[Report on the health of British troops in the Madras command]
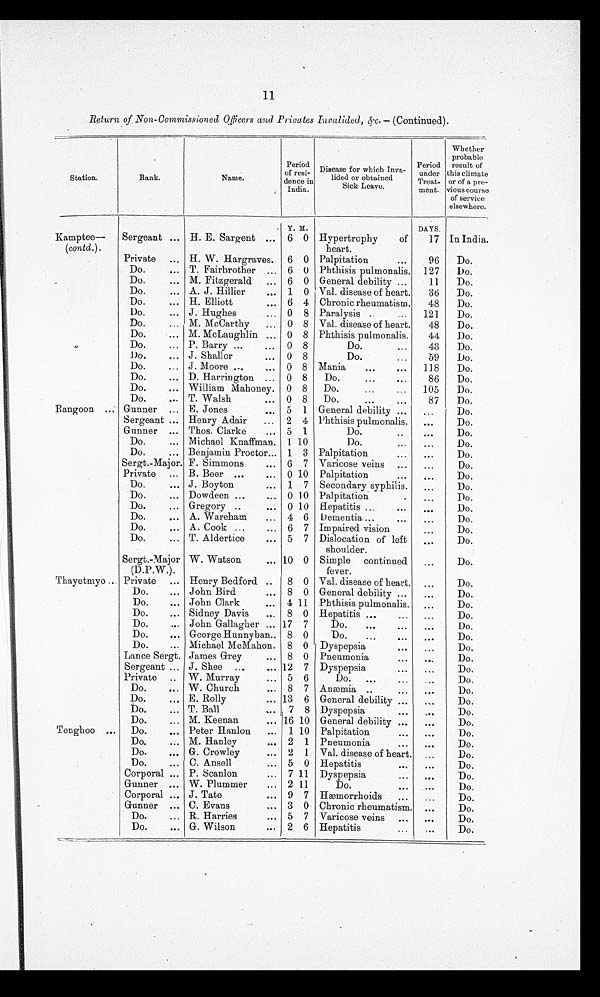
11
Return of Non-Commissioned Officers and Privates Invalided, &c.— (Continued).
Station.
Rank.
Name.
Period
of resi-
dence in
India.
Disease for which Inva-
lided or obtained
Sick Leave.
Period
under
Treat-
meat.
Whether
probable
result of
this climate
or of a pre-
vious course
of service
elsewhere.
Kamptee—
(contd.).
Y. M.
DAYS.
Sergeant ... H. E. Sargent ... 6 0 Hypertrophy
of
heart.
17 In India.
Private ... H. W. Hargraves. 6 0 Palpitation...
96 Do.
Do.
... T. Fairbrother ... 6 0 Phthisis pulmonalis. 127
Do.
Do.
... M. Fitzgerald ... 6 0 General debility ...
11
Do.
Do.
... A. J. Hillier
... 1 0 Val. disease of heart.
36 Do.
Do.
... H. Elliott
... 6 4 Chronic rheumatism.
48
Do.
Do.
... J. Hughes
... 0 8 Paralysis ..
... 121
D o .
Do.
... M. McCarthy ... 0 8 Val. disease of heart.
48
Do.
Do.
... M. McLaughlin ... 0 8 Phthisis pulmonalis.
44 Do.
Do.
... P. Barry ...
... 0 8
Do.
...
43
Do.
Do.
... J. Shallor .... 0 8
Do.
...
59
D o .
Do.
... J. Moore ...
... 0 8 Mania
...
... 118
Do.
Do.
... D. Harrington ... 0 8 Do.
...
...
86
Do.
Do.
... William Mahoney. 0 8 Do.
...
... 105
Do.
Do.
... T. Walsh
... 0 8 Do.
...
...
8 7 Do.
Rangoon ... Gunner ... E. Jones
... 5 1 General debility ...
. . .
Do.
Sergeant ... Henry Adair ... 2 4 Phthisis pulmonalis. ...
Do.
Gunner ... Thos. Clarke
... 5 1
Do.
. . .
. . .
Do.
Do.
... Michael Knaffman. 1 10
Do.
. . .
...
Do.
Do.
... Benjamin Proctor... 1 3 Palpitation
...
. . .
Do.
Sergt.-Major. F. Simmons
... 6 7 Varicose veins ...
...
Do.
Private ... B. Beer ...
... 0 10 Palpitation
Do.
Do.
... J. Boyton
... 1 7 Secondary syphilis. ...
Do.
Do.
... Dowdeen ...
... 0 10 Palpitation
. . .
Do.
Do.
... Gregory ..
... 0 10 Hepatitis ...
Do.
Do.
... A. Wareham
... 4 6 Dementia ...
...
...
Do.
Do.
. . . A. Cook ...
... 6 7 Impaired vision
...
Do.
Do.
... T. Aldertice
... 5 7 Dislocation of left
shoulder.
. . .
Do.
Sergt.-Major
(D.P.W.).
W. Watson
... 10 0 Simple continued
fever.
...
Do.
Thayetmyo .. Private ... Henry Bedford .. 8 0 Val. disease of heart. ...
Do.
Do.
. . . John Bird
... 8 0 General debility ...
...
Do.
Do.
. . . John Clark
... 4 11 Phthisis pulmonalis. ...
Do.
Do.
... Sidney Davis
... 8 0 Hepatitis
. . . . . .
. . .
Do.
Do.
... John Gallagher ... 17 7
Do.
...
. . .
. . .
Do.
Do.
... George Hunnyban.. 8 0
Do.
...
. . .
. . .
Do.
Do.
... Michael McMahon. 8 0 Dyspepsia
. . .
. . .
Do.
Lance Sergt. James Grey
... 8 0 Pneumonia
. . .
. . .
Do.
Sergeant ... J. Shee ...
... 12 7 Dyspepsia
. . .
...
Do.
Private .. W. Murray
... 5 6
Do. ...
... ...
Do.
Do.
.. W. Church
... 8 7 Anæmia .. ..... ... ...
Do.
Do.
... E. Rolly
... 13 6 General debility ... ...
Do.
Do.
... T. Ball
... 7 8 Dyspepsia
Do.
Do.
... M. Keenan
... 16 10 General debility ... ...
Do.
Tonghoo ... Do.
... Peter Hanlon ... 1 10 Palpitation
Do.
Do.
M. Hanley
... 2 1 Pneumonia
...
. . .
Do.
Do.
... G. Crowley
... 2 1 Val. disease of heart. ...
Do.
Do.
... C. Ansell
... 5 0 Hepatitis
Do.
Corporal ... P. Scanlon
... 7 11 Dyspepsia
...
. . .
Do.
Gunner ... W. Plummer
... 2 11
Do.
. . . ...
Do.
Corporal ... J. Tate
... 9 7 Hæmorrhoids ... ...
Do.
Gunner ... C. Evans
... 3 0 Chronic rheumatism. ...
Do.
Do.
... R. Harries
... 5 7 Varicose veins ... ...
Do.
Do.
... G. Wilson
... 2 6 Hepatitis
...
...
Do.